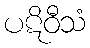
ပဋိဝီသံ